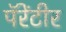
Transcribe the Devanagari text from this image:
पॅरेंटीर